Report on malaria in the Punjab during the year ...  together with an account of the work of the Punjab Malaria Bureau - Volume 5
Disease focus: Malaria
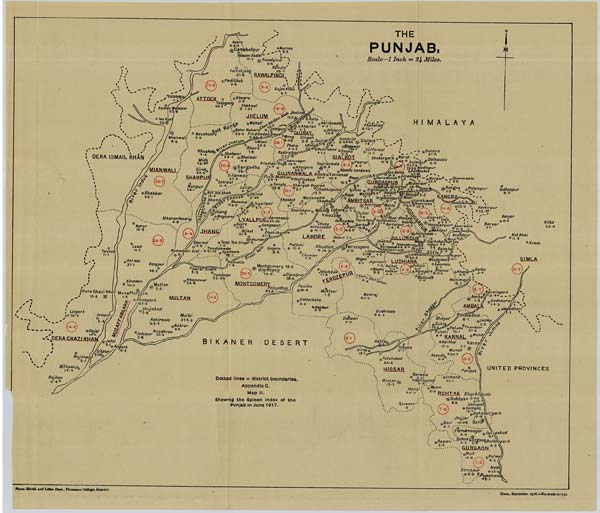
Photo.-Mechl. and Litho. Dept., Thomason College, Roorkee. Zinco., September, 1918.—No.3138-5.-350.